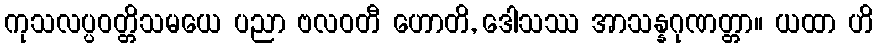
ကုသလပ္ပဝတ္တိသမယေ ပညာ ဗလဝတီ ဟောတိ, ဒေါသဿ အာသန္နဂုဏတ္တာ။ ယထာ ဟိ